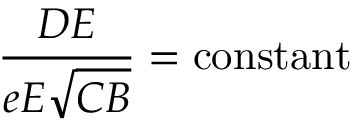
{ \frac { D E } { e E { \sqrt { C B } } } } = { \mathrm { c o n s t a n t } }